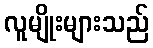
လူမျိုးများသည်